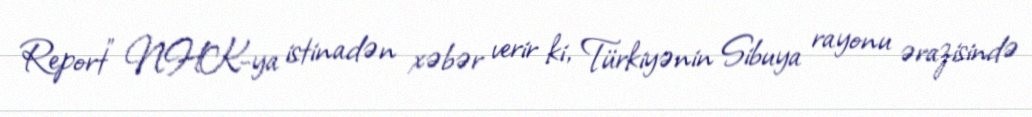
Report" NHK-ya istinadən xəbər verir ki, Türkiyənin Sibuya rayonu ərazisində